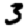
Digit: 3